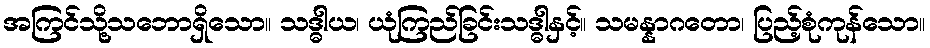
အကြင်သို့သဘောရှိသော။ သဒ္ဓါယ၊ ယုံကြည်ခြင်းသဒ္ဓါနှင့်။ သမန္နာဂတော၊ ပြည့်စုံကုန်သော။